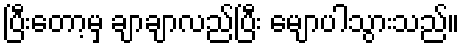
ပြီးတော့မှ ချာချာလည်ပြီး မျောပါသွားသည်။